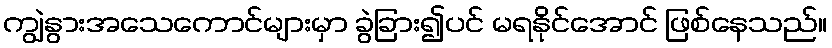
ကျွဲနွားအသေကောင်များမှာ ခွဲခြား၍ပင် မရနိုင်အောင် ဖြစ်နေသည်။